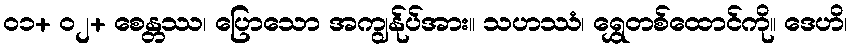
၀၁+ ၀၂+ စေန္တဿ၊ ပြောသော အကျွန်ုပ်အား။ သဟဿံ၊ ရွှေတစ်ထောင်ကို။ ဒေဟိ၊